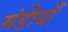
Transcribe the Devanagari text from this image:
मंडीयाँ